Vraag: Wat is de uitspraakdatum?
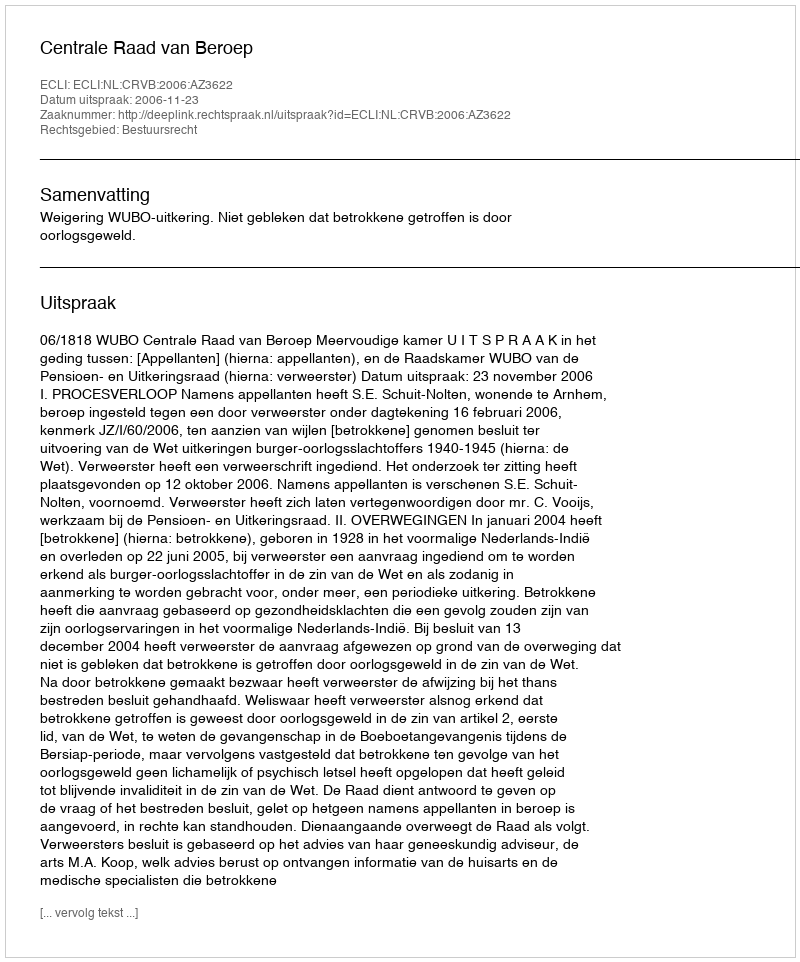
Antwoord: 2006-11-23